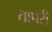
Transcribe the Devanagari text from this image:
तापरी